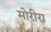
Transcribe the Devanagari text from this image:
मोरीरा